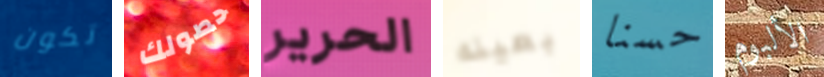
تكون حصولك الحرير بعينه حسنا الألبوم